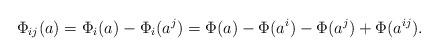
LaTeX: \begin{align*} \Phi_{ij}(a) = \Phi_i(a) - \Phi_i(a^j) = \Phi(a) - \Phi(a^i) - \Phi(a^j) + \Phi(a^{ij}).\end{align*}